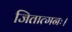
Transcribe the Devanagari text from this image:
जितात्मनः।